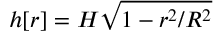
h [ r ] = H \sqrt { 1 - r ^ { 2 } / R ^ { 2 } }